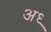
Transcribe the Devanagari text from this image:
अध्